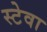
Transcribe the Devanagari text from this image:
स्टेवा